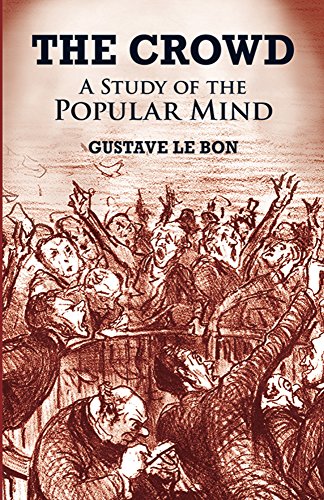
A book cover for The Crowd: A Study of the Popular Mind; Gustave Le Bon; Medical Books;